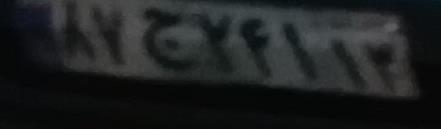
۸۷ج۲۴۱۱۳